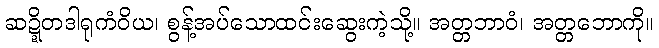
ဆဍ္ဍိတဒါရုကံဝိယ၊ စွန့်အပ်သောထင်းဆွေးကဲ့သို့။ အတ္တဘာဝံ၊ အတ္တဘောကို။